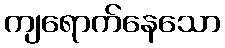
ကျရောက်နေသော